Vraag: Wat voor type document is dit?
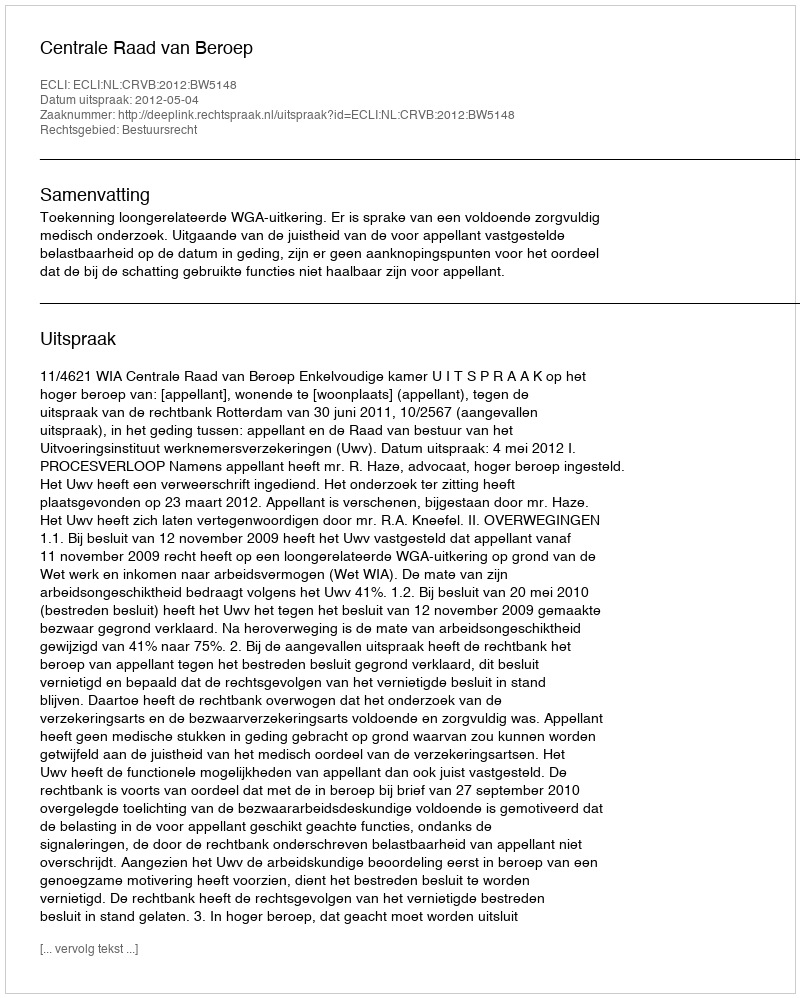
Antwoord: Uitspraak